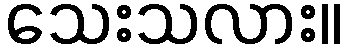
သေးသလား။